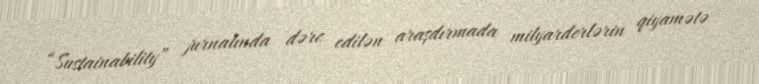
“Sustainability” jurnalında dərc edilən araşdırmada milyarderlərin qiyamətə